Annual administration report of the Civil Veterinary Department of India - 1893-1894
Year: 1893
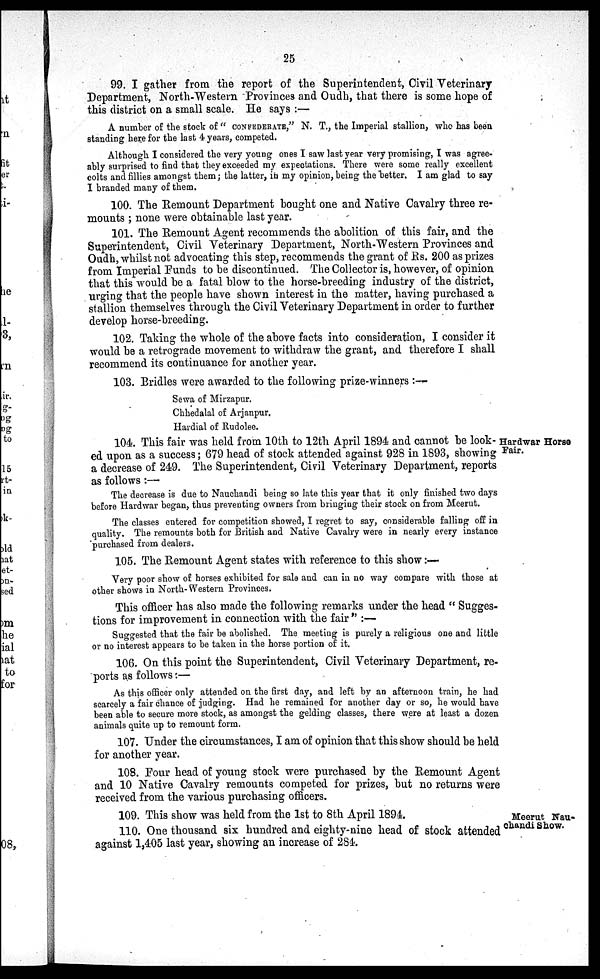
25
99. I gather from the report of the Superintendent, Civil Veterinary
Department, North-Western Provinces and Oudh, that there is some hope of
this district on a small scale. He says:—
A number of the stock of "CONFEDERATE," N. T., the Imperial stallion, who has been
standing here for the last 4 years, competed.
Although I considered the very young ones I saw last year very promising, I was agree-
ably surprised to find that they exceeded my expectations. There were some really excellent
colts and fillies amongst them; the latter, in my opinion, being the better. I am glad to say
I branded many of them.
100. The Remount Department bought one and Native Cavalry three re-
mounts; none were obtainable last year.
101. The Remount Agent recommends the abolition of this fair, and the
Superintendent, Civil Veterinary Department, North-Western Provinces and
Oudh, whilst not advocating this step, recommends the grant of Rs. 200 as prizes
from Imperial Funds to be discontinued. The Collector is, however, of opinion
that this would be a fatal blow to the horse-breeding industry of the district,
urging that the people have shown interest in the matter, having purchased a
stallion themselves through the Civil Veterinary Department in order to further
develop horse-breeding.
102. Taking the whole of the above facts into consideration, I consider it
would be a retrograde movement to withdraw the grant, and therefore I shall
recommend its continuance for another year.
103. Bridles were awarded to the following prize-winners :-
Sewa of Mirzapur.
Chhedalal of Arjanpur.
Hardial of Rudolee.
Hardwar Horse
Fair.
104. This fair was held from 10th to 12th April 1894 and cannot be look-
ed upon as a success; 679 head of stock attended against 928 in 1893, showing
a decrease of 249. The Superintendent, Civil Veterinary Department, reports
as follows:—
The decrease is due to Nauchandi being so late this year that it only finished two days
before Hardwar began, thus preventing owners from bringing their stock on from Meerut.
The classes entered for competition showed, I regret to say, considerable falling off in
quality. The remounts both for British and Native Cavalry were in nearly every instance
purchased from dealers.
105. The Remount Agent states with reference to this show:—
Very poor show of horses exhibited for sale and can in no way compare with those at
other shows in North-Western Provinces.
This officer has also made the following remarks under the head "Sugges-
tions for improvement in connection with the fair":—
Suggested that the fair be abolished. The meeting is purely a religious one and little
or no interest appears to be taken in the horse portion of it.
106. On this point the Superintendent, Civil Veterinary Department, re-
ports as follows:—
As this officer only attended on the first day, and left by an afternoon train, he had
scarcely a fair chance of judging. Had he remained for another day or so, he would have
been able to secure more stock, as amongst the gelding classes, there were at least a dozen
animals quite up to remount form.
107. Under the circumstances, I am of opinion that this show should be held
for another year.
108. Four head of young stock were purchased by the Remount Agent
and 10 Native Cavalry remounts competed for prizes, but no returns were
received from the various purchasing officers.
Meerut Nau-
chandi Show.
109. This show was held from the 1st to 8th April 1894.
110. One thousand six hundred and eighty-nine head of stock attended
against 1,405 last year, showing an increase of 284.